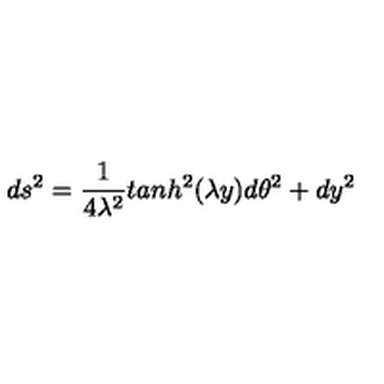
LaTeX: d s ^ { 2 } = \frac { 1 } { 4 \lambda ^ { 2 } } t a n h ^ { 2 } ( \lambda y ) d \theta ^ { 2 } + d y ^ { 2 }